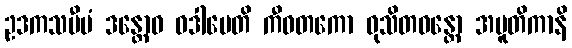
ဥဒကသမီပံ ဒန္တောဝ ဝဒါပေတိ ကီဝတကော ဝုသိတဝန္တော အပူတိကာနိ